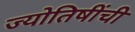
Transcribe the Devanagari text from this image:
ज्योतिषींची